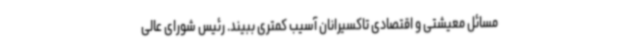
مسائل معیشتی و اقتصادی تاکسیرانان آسیب کمتری ببیند. رئیس شورای عالی